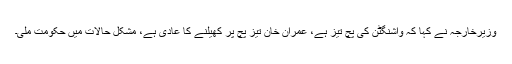
وزیرخارجہ نے کہا کہ واشنگٹن کی پچ تیز ہے، عمران خان تیز پچ پر کھیلنے کا عادی ہے، مشکل حالات میں حکومت ملی۔